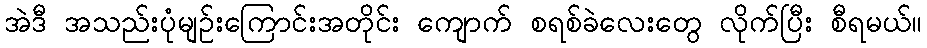
အဲဒီ အသည်းပုံမျဉ်းကြောင်းအတိုင်း ကျောက် စရစ်ခဲလေးတွေ လိုက်ပြီး စီရမယ်။